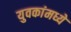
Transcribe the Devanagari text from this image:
युवकांमध्ये